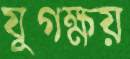
যুগক্ষয়